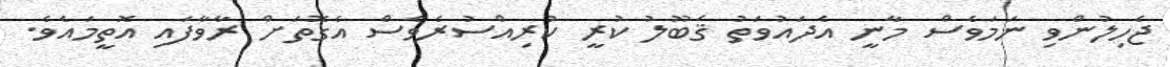
ޖެހިލުންވި ނަމަވެސް މާނީ އެދައުވަތު ޤަބޫލު ކުރީ ކުރިއްސުރެވެސް އެގޮތަށް ރާވާފައި އޮތީމައެވެ.